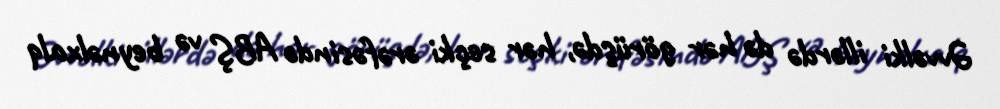
Əvvəlki illərdə də hər görüşdə, hər seçki ərəfəsində ABŞ və beynəlxalq